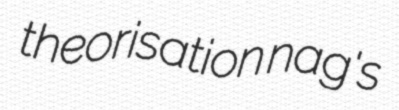
theorisation nag's